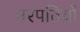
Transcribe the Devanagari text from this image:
नरपतियों